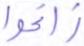
زاغوا